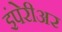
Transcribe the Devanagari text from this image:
इंपेरीअर